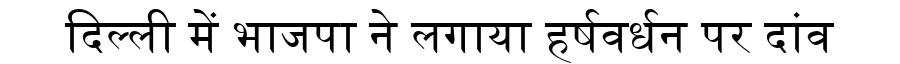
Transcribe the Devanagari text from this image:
दिल्ली में भाजपा ने लगाया हर्षवर्धन पर दांव